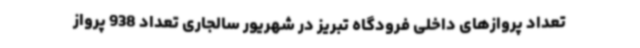
تعداد پروازهای داخلی فرودگاه تبریز در شهریور سالجاری تعداد 938 پرواز